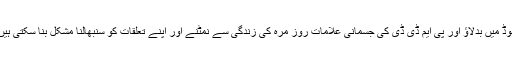
موڈ میں بدلاؤ اور پی ایم ڈی ڈی کی جسمانی علامات روز مرہ کی زندگی سے نمٹنے اور اپنے تعلقات کو سنبھالنا مشکل بنا سکتی ہیں۔